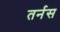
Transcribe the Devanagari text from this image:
तर्नस